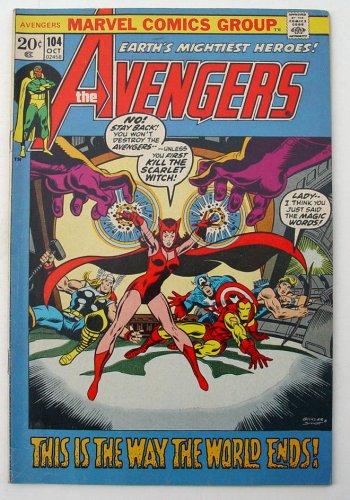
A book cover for The Avengers #104 1972 (The Avengers #104 1972, Vol. 1); Comics & Graphic Novels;